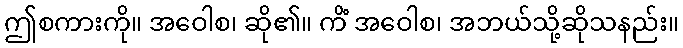
ဤစကားကို။ အဝေါစ၊ ဆို၏။ ကိံ အဝေါစ၊ အဘယ်သို့ဆိုသနည်း။